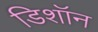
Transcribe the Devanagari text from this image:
डिशॉन